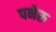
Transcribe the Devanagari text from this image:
पनेरु